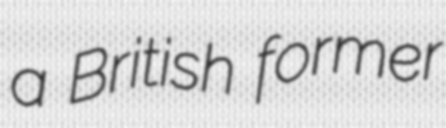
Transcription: a British former